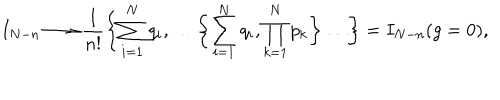
LaTeX: I _ { N - n } \longrightarrow \frac { 1 } { n ! } \biggl \{ \sum _ { i = 1 } ^ { N } q _ { i } , \dots \biggl \{ \sum _ { i = 1 } ^ { N } q _ { i } , \prod _ { k = 1 } ^ { N } p _ { k } \biggr \} \dots \biggr \} = I _ { N - n } ( g = 0 ) ,